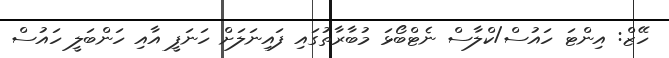
ހޭޒް: އިންޓަ ހައުސް/ކްލާސް ނެޓްބޯޅަ މުބާރާތުގައި ފައިނަލަށް ހަނަފީ އާއި ހަންބަލީ ހައުސް